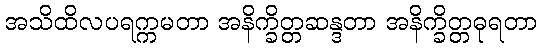
အသိထိလပရက္ကမတာ အနိက္ခိတ္တဆန္ဒတာ အနိက္ခိတ္တဓုရတာ